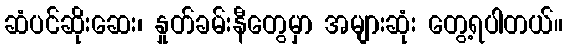
ဆံပင်ဆိုးဆေး၊ နှုတ်ခမ်းနီတွေမှာ အများဆုံး တွေ့ရပါတယ်။